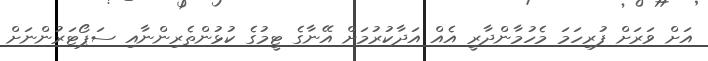
އަށް ވަރަށް ފުރިހަމަ މެހުމާންދާރީ އެއް އަދާކުރުމަށް އޭނާގެ ޓީމުގެ ކުޅުންތެރިންނާއި ސަޕޯޓަރުންނަށް